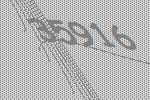
35916